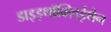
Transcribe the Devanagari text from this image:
डाइइथॉक्सिईथेन